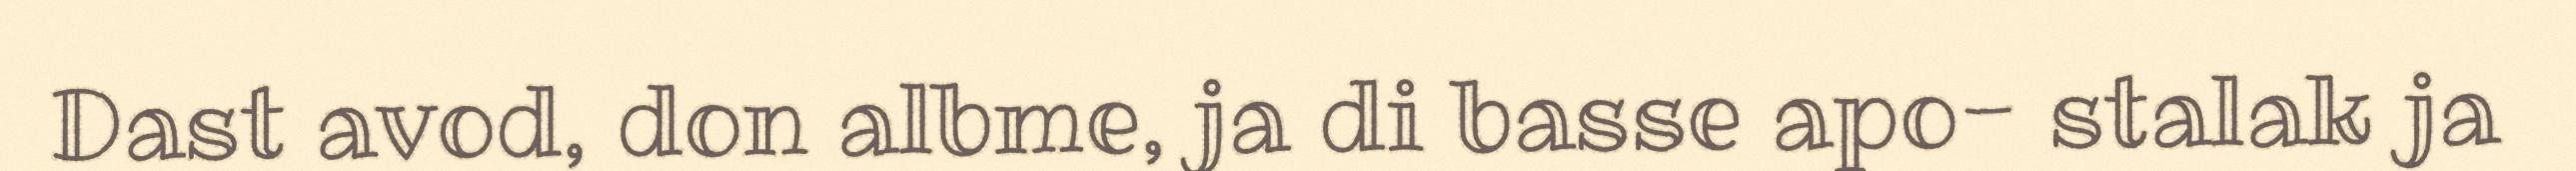
Dast avod, don albme, ja di basse apo- stalak ja